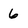
Character: 6